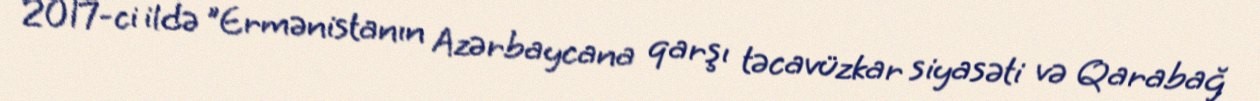
2017-ci ildə "Ermənistanın Azərbaycana qarşı təcavüzkar siyasəti və Qarabağ